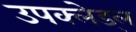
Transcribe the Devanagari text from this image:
उपक्लेड्ल